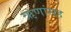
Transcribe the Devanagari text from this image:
ऋणांसह